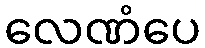
လေဏံပေ